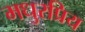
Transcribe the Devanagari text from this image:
मधुरप्रिय